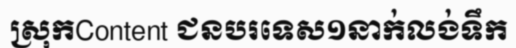
ស្រុកContent ជនបរទេស១នាក់លង់ទឹក